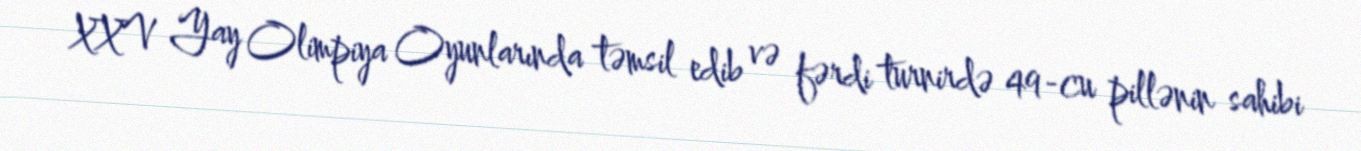
XXV Yay Olimpiya Oyunlarında təmsil edib və fərdi turnirdə 49-cu pillənin sahibi